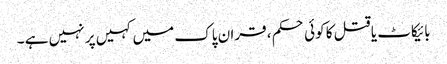
بائیکاٹ یا قتل کا کوئی حکم ، قران پاک میں کہیں پر نہیں ہے ۔